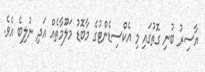
ޔާސިރު ބުނި ގޮތުގައި މި އެކްސިޑެންޓުގެ މާބޮޑު މަލޫމާތެއް އަދި ނުލިބެ އެވެ.